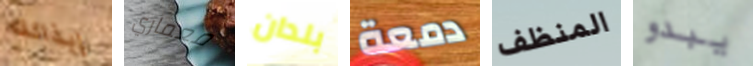
إيذائك معماري بلدان دمعة المنظف يبدو